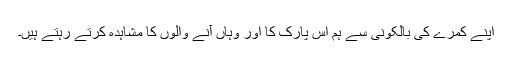
اپنے کمرے کی بالکونی سے ہم اس پارک کا اور وہاں آنے والوں کا مشاہدہ کرتے رہتے ہیں۔